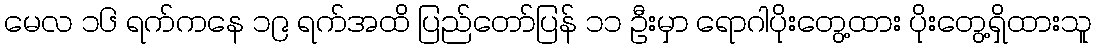
မေလ ၁၆ ရက်ကနေ ၁၉ ရက်အထိ ပြည်တော်ပြန် ၁၁ ဦးမှာ ရောဂါပိုးတွေ့ထား ပိုးတွေ့ရှိထားသူ